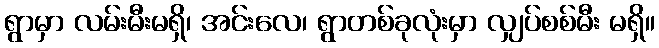
ရွာမှာ လမ်းမီးမရှိ၊ အင်းလေ၊ ရွာတစ်ခုလုံးမှာ လျှပ်စစ်မီး မရှိ။